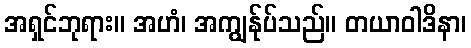
အရှင်ဘုရား။ အဟံ၊ အကျွန်ုပ်သည်။ တယာဝါဒိနာ၊